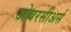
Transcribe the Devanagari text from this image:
ओवरसीअर्स